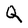
Character: Q